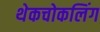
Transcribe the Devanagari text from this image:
थेकचोकलिंग